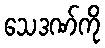
သေဒဏ်ကို